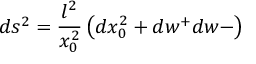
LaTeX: d s ^ { 2 } = \frac { l ^ { 2 } } { x _ { 0 } ^ { 2 } } \left( d x _ { 0 } ^ { 2 } + d w ^ { + } d w - \right)